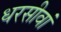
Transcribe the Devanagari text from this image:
धरसीवां